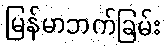
မြန်မာဘက်ခြမ်း